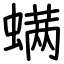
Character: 螨